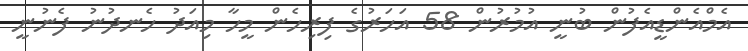
އެމްއެންޑީއެފުން ބުނީ އުމުރުން 58 އަހަރުގެ ފިރިހެން މީހާ މިއަދު ހެނދުނު ފެނުނީ